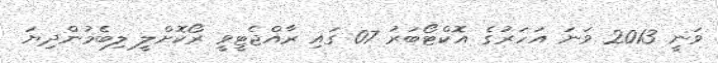
ވަނީ 2013 ވަނަ އަހަރުގެ އޮކްޓޯބަރު 07 ގައި ރާއްޖެޓީވީ ރޯކޮށްލީ ލިބެމުންދިޔަ